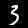
Digit: 3